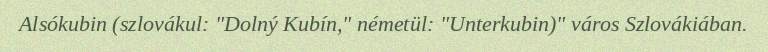
Alsókubin (szlovákul: "Dolný Kubín," németül: "Unterkubin)" város Szlovákiában.